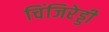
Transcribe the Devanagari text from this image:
चिंजिरेड्डी